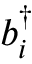
b _ { i } ^ { \dagger }